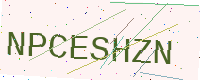
Text: NPCESHZN